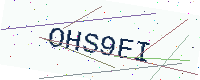
Text: OHS9EI